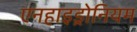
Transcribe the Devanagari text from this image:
एनहाइड्रोनियम